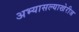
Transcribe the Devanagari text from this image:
अभ्यासल्याखेरीज